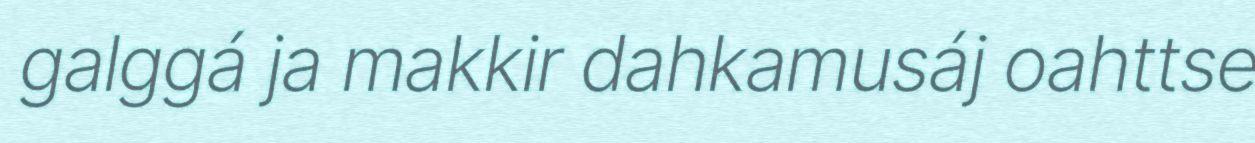
galggá ja makkir dahkamusáj oahttse